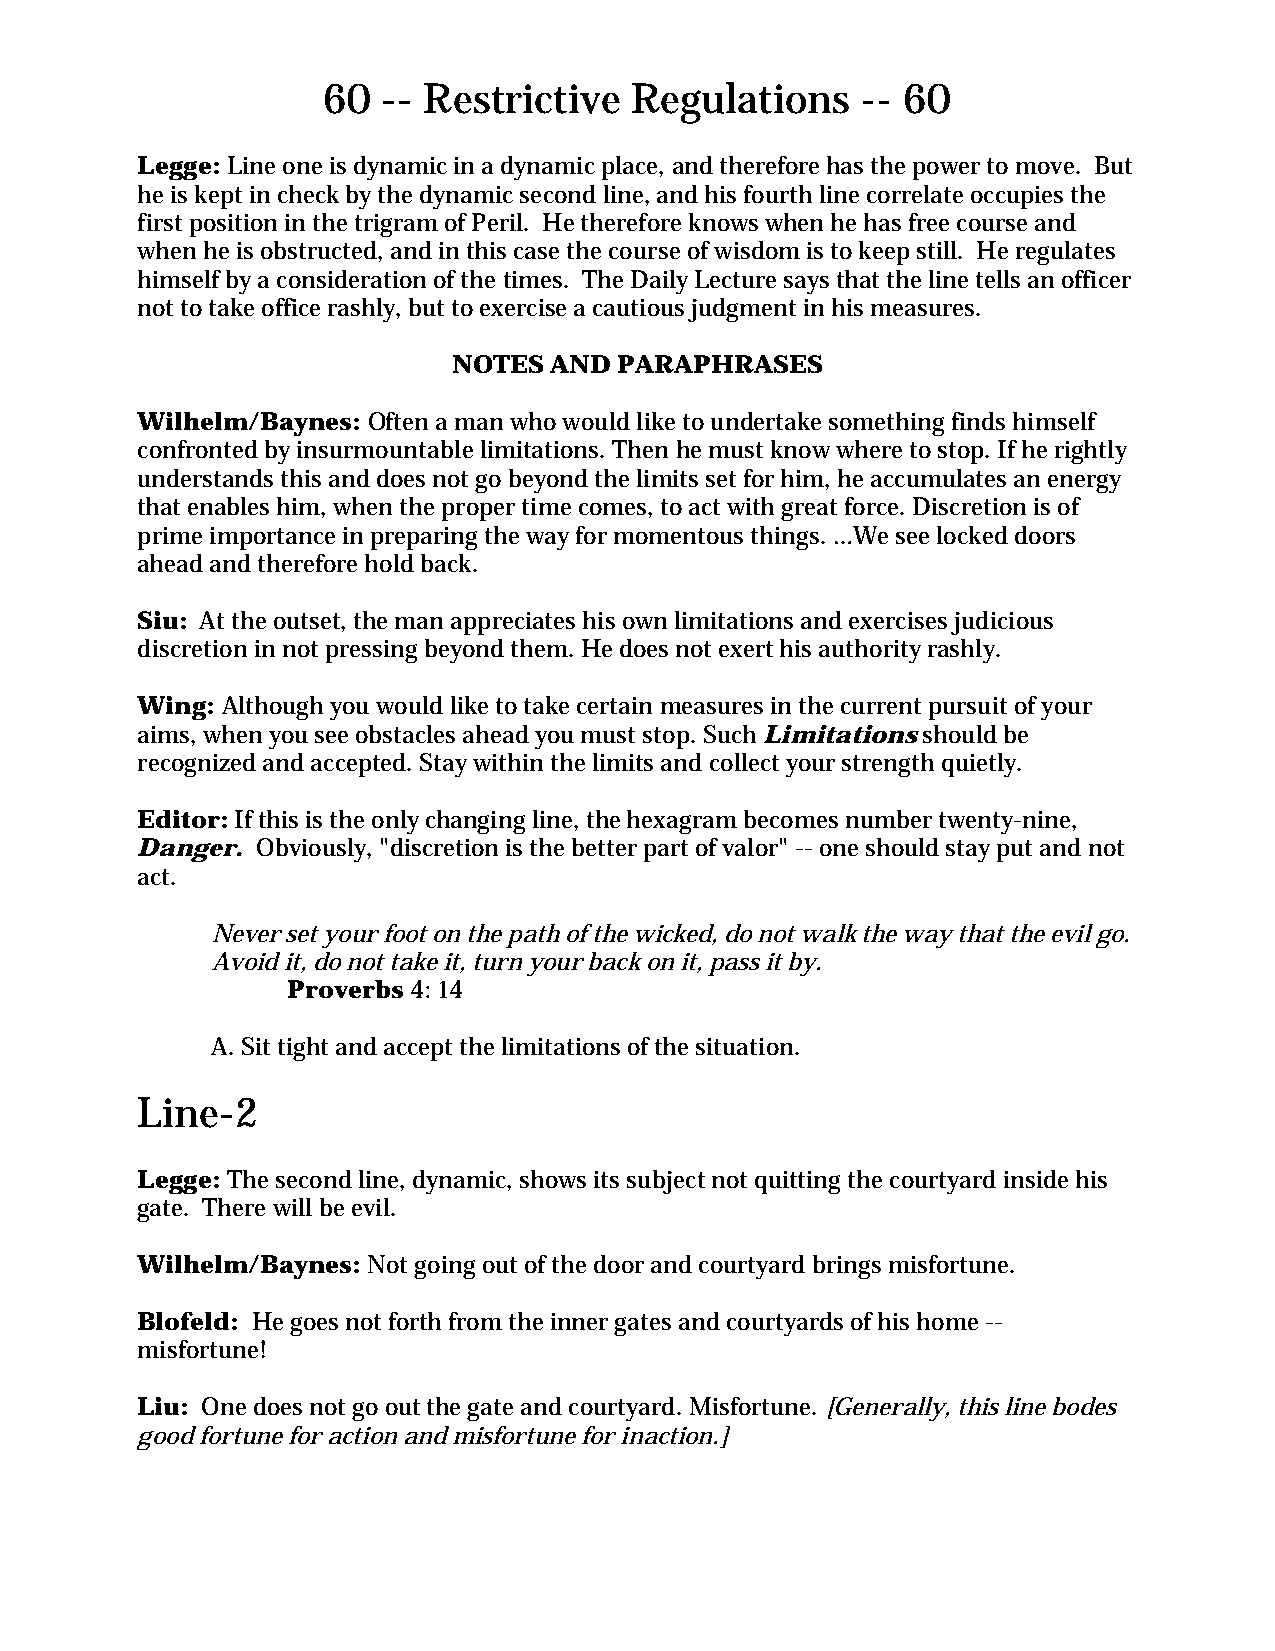
60  -- Restrictive   Regulations    -- 60
 Legge: Line one is dynamic in a dynamic place, and therefore has the power to move. But
 he is kept in check by the dynamic second line, and his fourth line correlate occupies the
 first position in the trigram of Peril. He therefore knows when he has free course and
 when he is obstructed, and in this case the course of wisdom is to keep still. He regulates
 himself by a consideration of the times. The Daily Lecture says that the line tells an officer
 not to take office rashly, but to exercise a cautious judgment in his measures.
 NOTES AND  PARAPHRASES
 Wilhelm/Baynes: Often a man who would like to undertake something finds himself
 confronted by insurmountable limitations. Then he must know where to stop. If he rightly
 understands this and does not go beyond the limits set for him, he accumulates an energy
 that enables him, when the proper time comes, to act with great force. Discretion is of
 prime importance in preparing the way for momentous things. …We see locked doors
 ahead and therefore hold back.
 Siu: At the outset, the man appreciates his own limitations and exercises judicious
 discretion in not pressing beyond them. He does not exert his authority rashly.
 Wing: Although you would like to take certain measures in the current pursuit of your
 aims, when you see obstacles ahead you must stop. Such Limitations should be
 recognized and accepted. Stay within the limits and collect your strength quietly.
 Editor: If this is the only changing line, the hexagram becomes number twenty-nine,
 Danger. Obviously, "discretion is the better part of valor" -- one should stay put and not
 act.
 Never set your foot on the path of the wicked, do not walk the way that the evil go.
 Avoid it, do not take it, turn your back on it, pass it by.
 Proverbs 4: 14
 A. Sit tight and accept the limitations of the situation.
 Line-2
 Legge: The second line, dynamic, shows its subject not quitting the courtyard inside his
 gate. There will be evil.
 Wilhelm/Baynes: Not going out of the door and courtyard brings misfortune.
 Blofeld: He goes not forth from the inner gates and courtyards of his home --
 misfortune!
 Liu: One does not go out the gate and courtyard. Misfortune. [Generally, this line bodes
 good fortune for action and misfortune for inaction.]